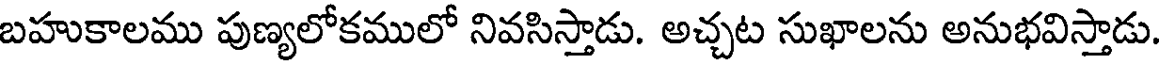
బహుకాలము పుణ్యలోకములో నివసిస్తాడు. అచ్చట సుఖాలను అనుభవిస్తాడు.